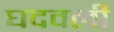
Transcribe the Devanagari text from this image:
घदवली